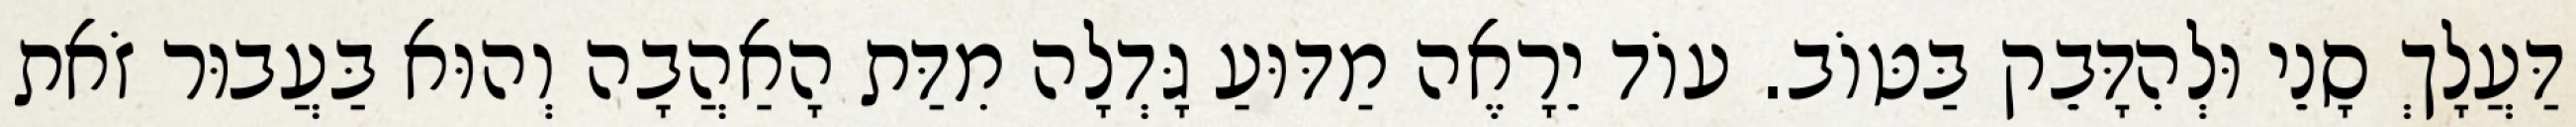
דַּעֲלָךְ סָנֵי וּלְהִדָּבֵק בַּטּוֹב. עוֹד יֵרָאֶה מַדּוּעַ גָּדְלָה מִדַּת הָאַהֲבָה וְהוּא בַּעֲבוּר זֹאת